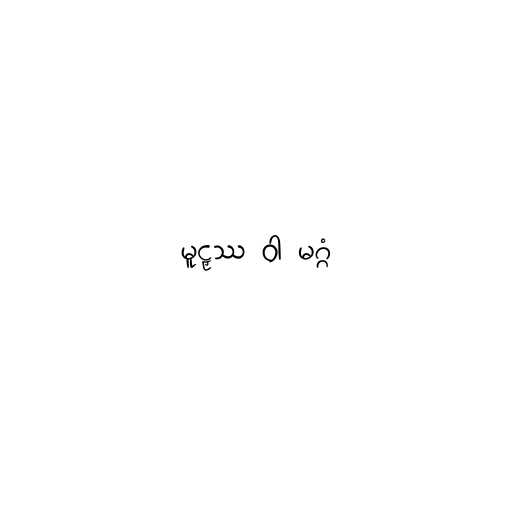
မူဠှဿ ဝါ မဂ္ဂံ